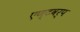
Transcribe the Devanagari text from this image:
एण्टवर्प